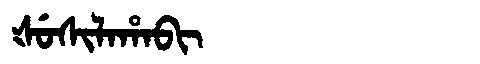
Manchu: ᡧᡠᠰᡳᠯᠠᡥᠠᠪᡳ
Romanization: ŠUSILAHABI